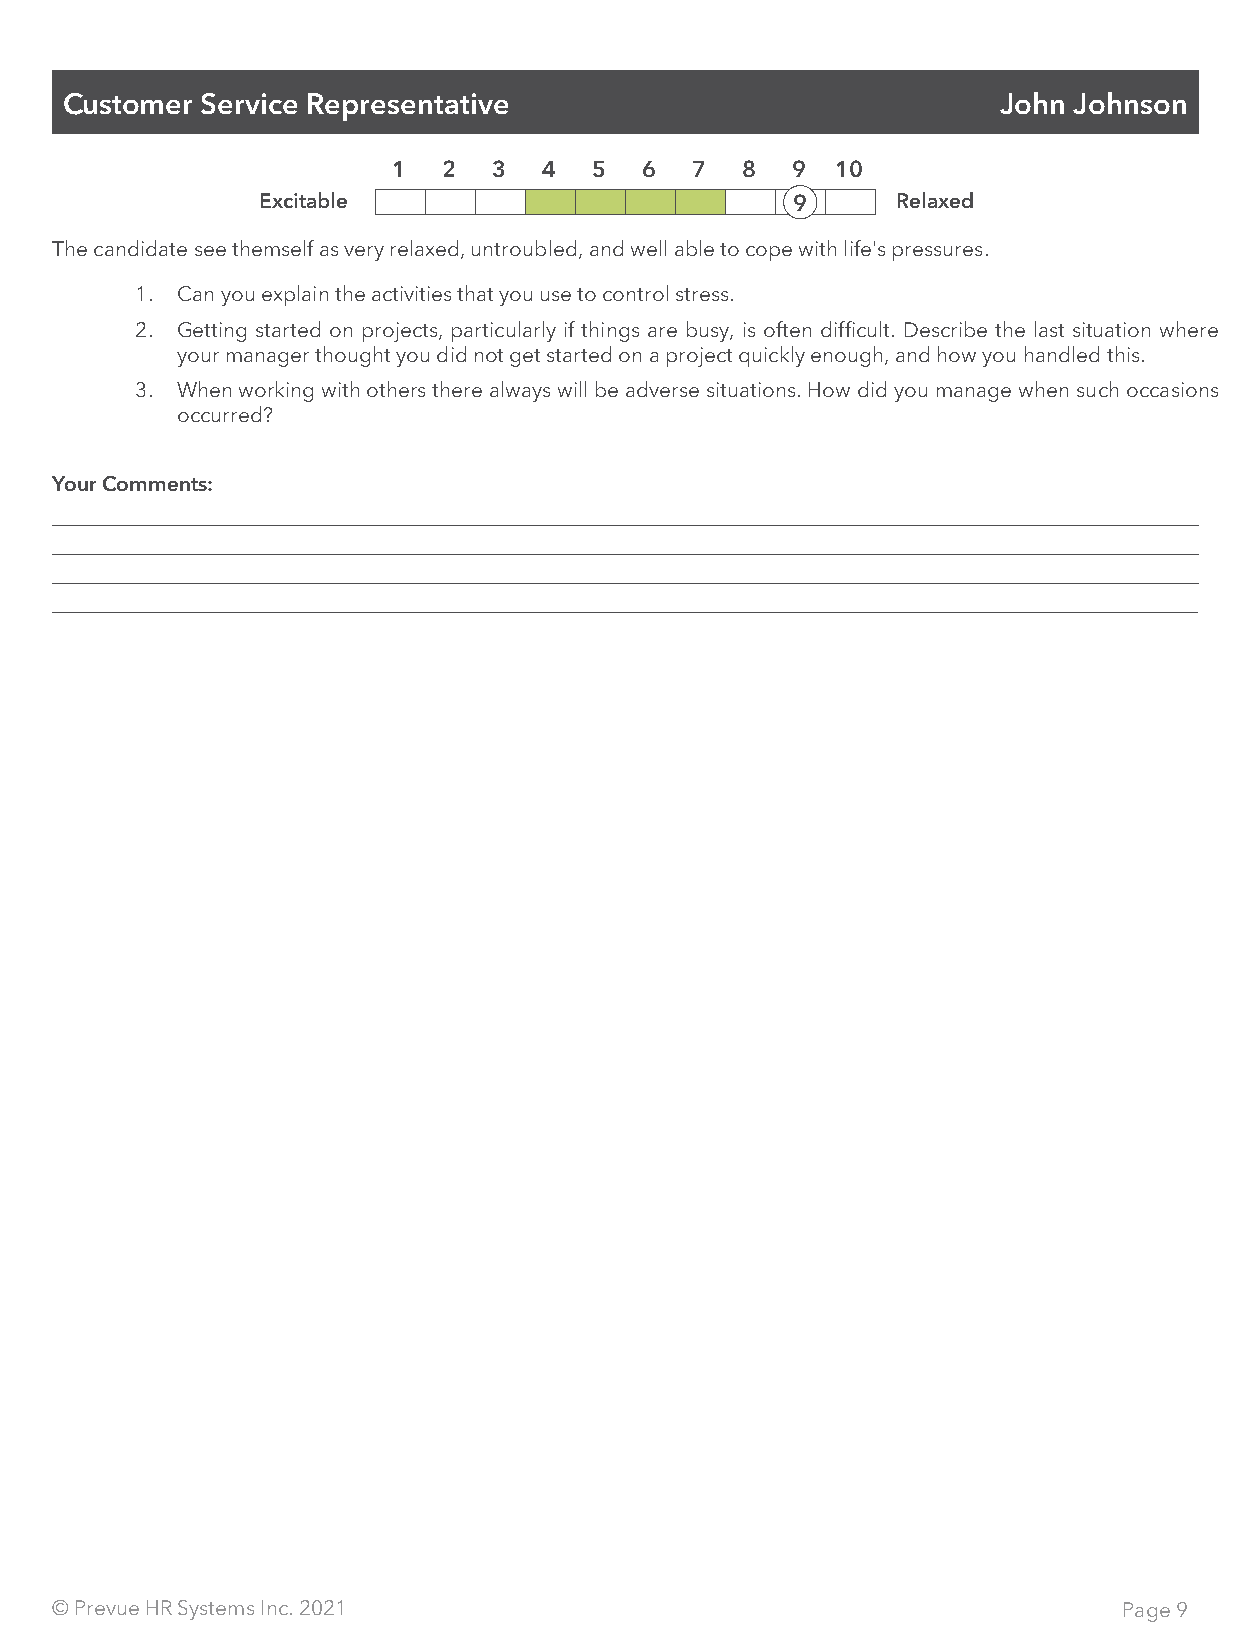
Customer Service Representative                               John Johnson
 1  2   3  4  5  6   7  8  9  10
 Excitable                          9      Relaxed
 The candidate see themself as very relaxed, untroubled, and well able to cope with life's pressures.
 1. Can you explain the activities that you use to control stress.
 2. Getting started on projects, particularly if things are busy, is often difficult. Describe the last situation where
 your manager thought you did not get started on a project quickly enough, and how you handled this.
 3. When working with others there always will be adverse situations. How did you manage when such occasions
 occurred?
 Your Comments:
 © Prevue HR Systems Inc. 2021                                          Page 9